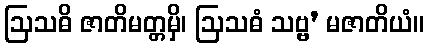
ဩသဓိ ဇာတိမတ္တမှိ၊ ဩသဓံ သဗ္ဗ’ မဇာတိယံ။